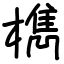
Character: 檇